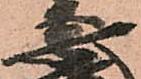
安